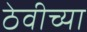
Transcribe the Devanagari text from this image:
ठेवीच्या